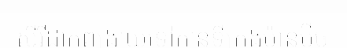
ស៊ីរីដាក់ពង្រាយទៅកាន់ទីក្រុងម៉ាន់ប៊ីច